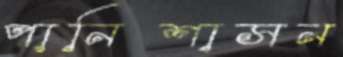
পানিশাসন